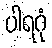
ပါရဂုံ